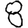
Digit: 8